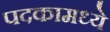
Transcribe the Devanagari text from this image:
पदकामध्ये